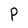
Character: P